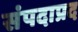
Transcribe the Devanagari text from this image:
संपदाप्रद